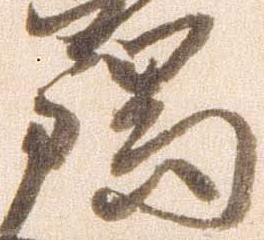
瑞